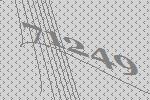
71249